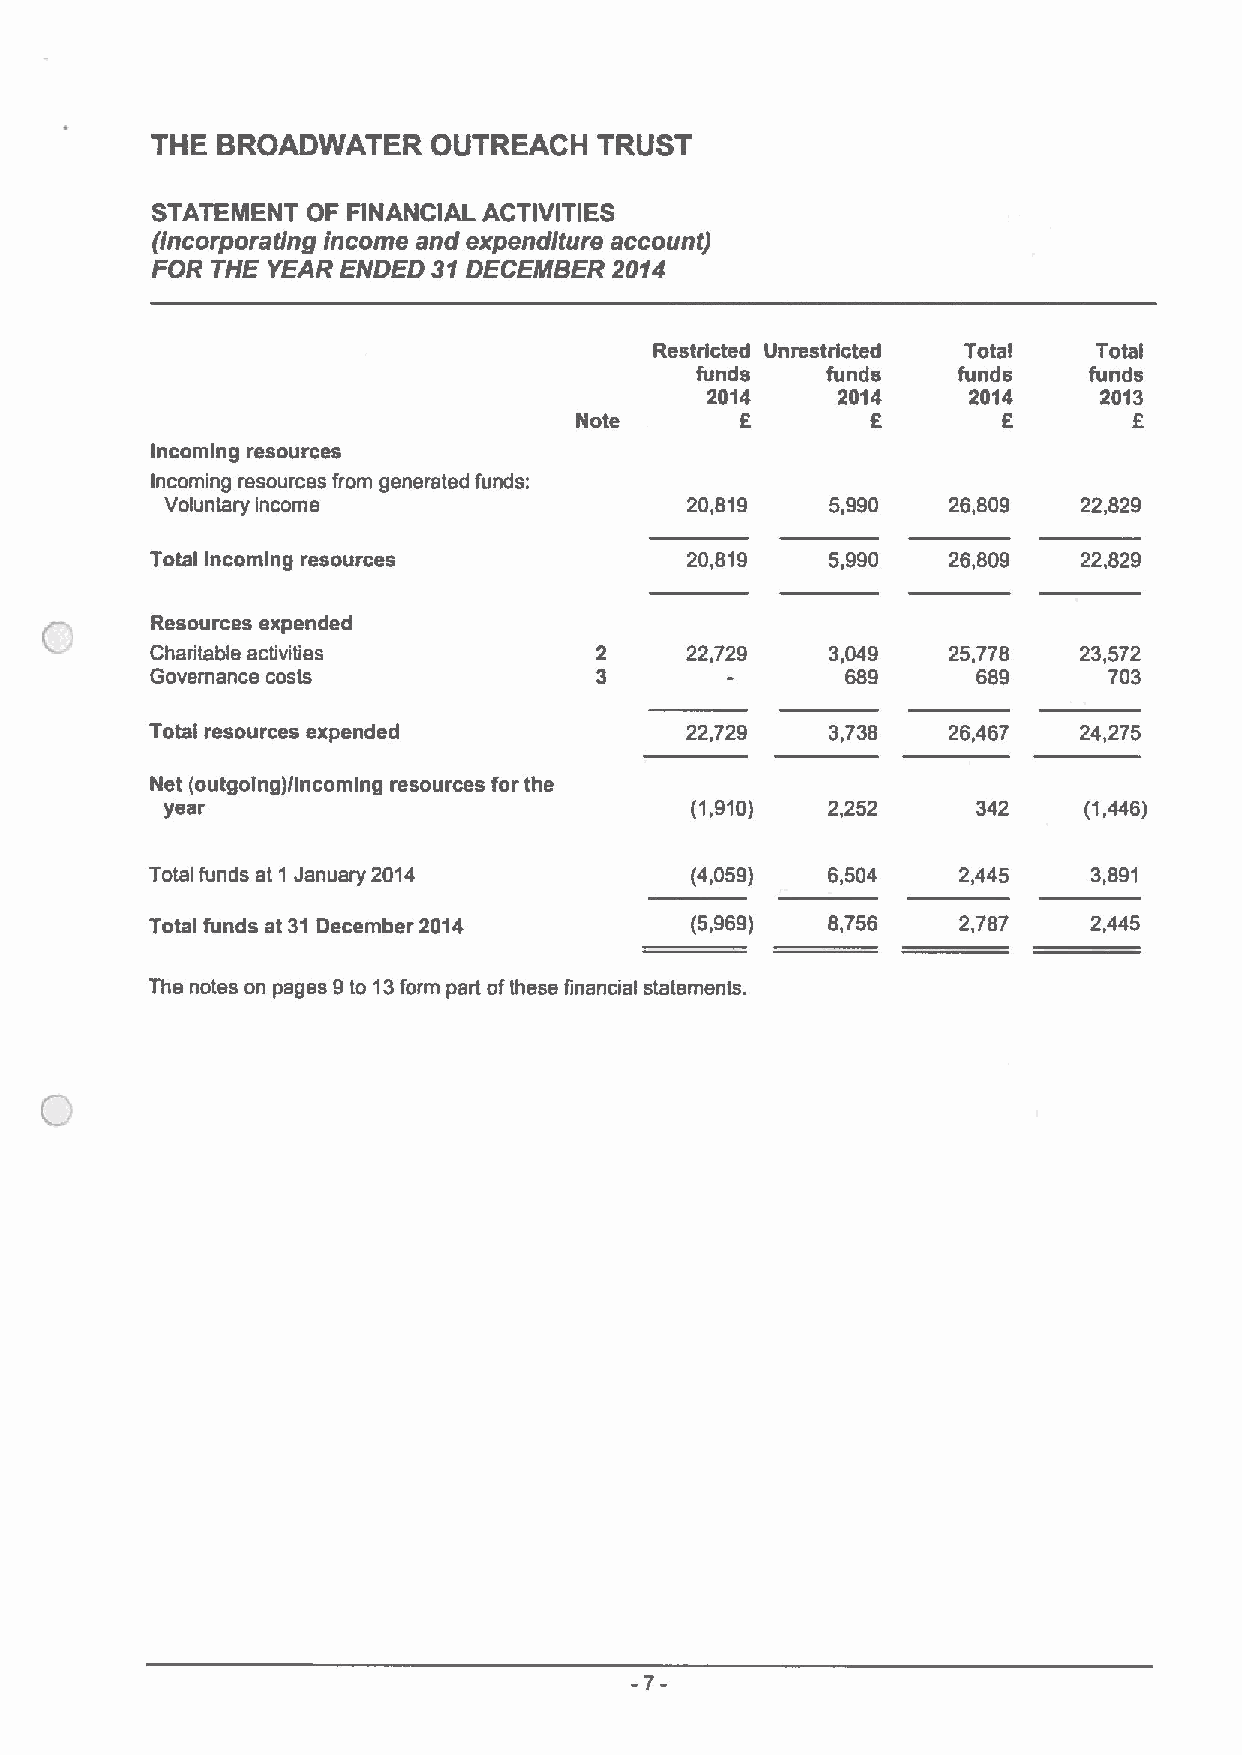
THE BROADWATER     OUTREACH   TRUST
 STATEMENT OF FINANCIAL ACTIVITIES
 (incorporating income and expenditure account)
 FOR THE YEAR ENDED 31DECEMBER  2014
 Restricted IJnrestrtcted Total Total
 funds    funds   funds    funds
 2014    2014     2014     2013
 f
 Note       6        E       6
 Incoming resources
 Incoming resources from generated funds:
 Voluntary income                  20,819    5,990   26,809   22,829
 Total Incoming resources           20,819    5,990   26,809   22,829
 Resources expended
 C
 Charitable activities              22,729    3,049   25,778   23,572
 Governance costs                              689      689     703
 Total resources expended           22,729    3,738   26,467   24,275
 Net (outgoing)/Incoming resources for the
 year                               (1,910)  2,252     342    (1,446)
 Total funds at 1 January 2014       (4,059)  6,504    2,445   3,891
 Total funds at 31December 2014      (5,969)  8,756    2,787   2,445
 The notes on pages 9to 13form part ofthese financial statements.
 -7-